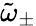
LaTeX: \tilde{\omega}_{\pm}